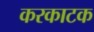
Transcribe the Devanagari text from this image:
करकाटक